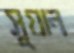
সুয়ান